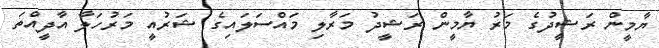
ޔާމީން ރަޝީދުގެ މަރު ޔާމީން ރަޝީދު މަރާލި މައްސަލައިގެ ޝަރުއީ މަރުހަލާ އާދީއްތަ